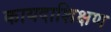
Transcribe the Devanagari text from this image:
कायदाशिक्षण